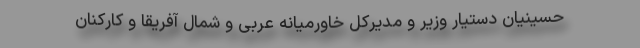
حسینیان دستیار وزیر و مدیرکل خاورمیانه عربی و شمال آفریقا و کارکنان